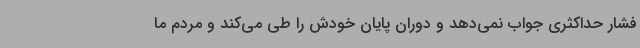
فشار حداکثری جواب نمی‌دهد و دوران پایان خودش را طی می‌کند و مردم ما